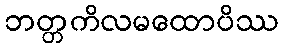
ဘတ္တကိလမထောပိဿ